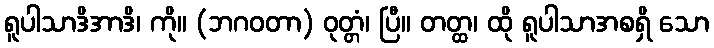
ရူပါသာဒိအာဒိ၊ ကို။ (ဘဂဝတာ) ဝုတ္တံ၊ ပြီ။ တတ္ထ၊ ထို ရူပါသာအစရှိ သော